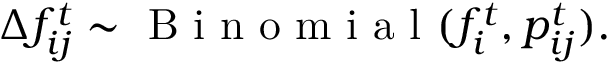
\Delta f _ { i j } ^ { t } \sim \mathrm { ~ B ~ i ~ n ~ o ~ m ~ i ~ a ~ l ~ } ( f _ { i } ^ { t } , { p } _ { i j } ^ { t } ) .